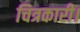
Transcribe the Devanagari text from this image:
चित्रकारी।